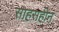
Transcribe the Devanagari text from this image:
साहसहीन